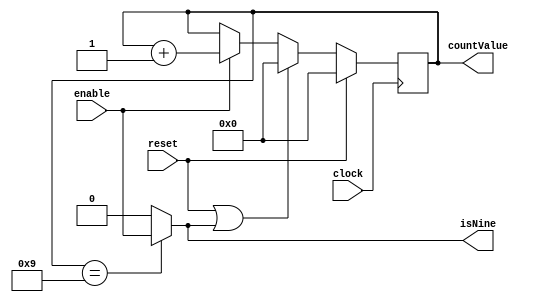
module decimalCounter ( input wire        clock,
                                          reset,
                                          enable,
                        output wire       isNine,
                        output wire [3:0] countValue );

  reg [3:0] s_countValueReg;
  wire s_isNine = (s_countValueReg == 9) ? enable : 1'b0;
  wire [3:0] s_countValueNext = (reset == 1'b1 || s_isNine == 1'b1) ? 4'd0 : (enable == 1'b0) ? s_countValueReg : s_countValueReg + 4'd1;
  assign countValue = s_countValueReg;
  assign isNine = s_isNine;
  
  always @(posedge clock) s_countValueReg <= (reset == 1'b1) ? 4'd0 : s_countValueNext;
endmodule